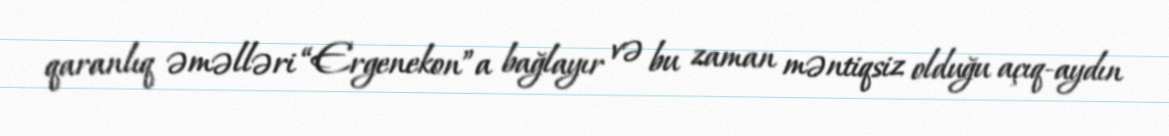
qaranlıq əməlləri “Ergenekon”a bağlayır və bu zaman məntiqsiz olduğu açıq-aydın